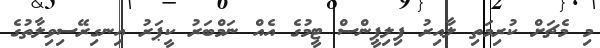
މި މެޗަށް ކުރިމަތި ލާއިރު ފިލިޕީންސް ޓީމުގެ އެއް ނަމްބަރު ކީޕަރު އިނގިރޭސިވިލާތުގެ